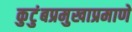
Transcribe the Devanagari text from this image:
कुटुंबप्रमुखाप्रमाणे